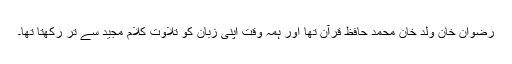
رضوان خان ولد خان محمد حافظ قرآن تھا اور ہمہ وقت اپنی زبان کو تلاوتِ کلام مجید سے تر رکھتا تھا۔